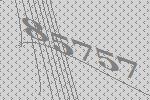
85757